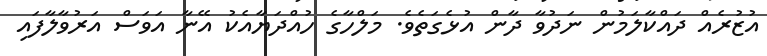
އުޒުރެއް ދައްކާލަމުން ނަދުވާ ދާން އުޅެގަތެވެ. މަލްހާގެ ހުއްދަޔާއެކު އޭނާ އަވަސް އަރުވާލާފައި